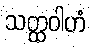
သတ္ထဝါဟံ